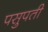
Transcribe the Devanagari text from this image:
पसुपती